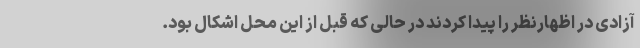
آزادی در اظهارنظر را پیدا کردند در حالی که قبل از این محل اشکال بود.